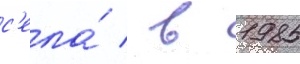
с'ела́ / в 1985